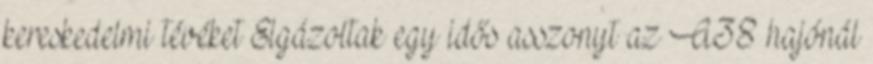
kereskedelmi tévéket Elgázoltak egy idős asszonyt az A38 hajónál